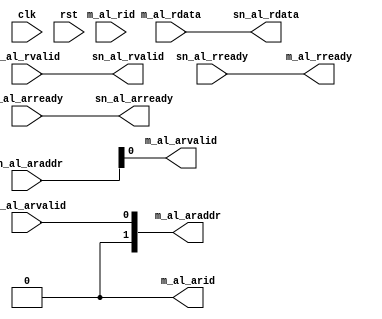
// SPDX-License-Identifier: CERN-OHL-P
//
// Copyright 2022-2024 Wavelet Lab
//
// USDR PROJECT
// CLEAN
//
module alrd_mux #(
    parameter DATA_BITS   = 2,
    parameter DATA_WIDTH  = 8 << DATA_BITS,
    parameter ADDR_WIDTH  = 4,
    parameter SLAVE_COUNT = 1,
    parameter SLAVE_COUNT_BITS = $clog2(SLAVE_COUNT),
    parameter SLAVE_COUNT_BITS_FIX = (SLAVE_COUNT_BITS == 0) ? 1 : SLAVE_COUNT_BITS,
    parameter SLAVE_LATCH_PIPELINED = 0
)(
    // AL clocks
    input                                 clk,
    input                                 rst,

    // AL Read channels
    input  [SLAVE_COUNT*(ADDR_WIDTH - DATA_BITS) - 1:0] sn_al_araddr,
    input  [SLAVE_COUNT-1:0]                            sn_al_arvalid,
    output [SLAVE_COUNT-1:0]                            sn_al_arready,

    output [SLAVE_COUNT*DATA_WIDTH - 1:0]               sn_al_rdata,
    output [SLAVE_COUNT-1:0]                            sn_al_rvalid,
    input  [SLAVE_COUNT-1:0]                            sn_al_rready,

    // Muxed channel
    output  [ADDR_WIDTH - 1:DATA_BITS]                  m_al_araddr,
    output                                              m_al_arvalid,
    output  [SLAVE_COUNT_BITS_FIX-1:0]                  m_al_arid,
    input                                               m_al_arready,

    input [DATA_WIDTH - 1:0]                            m_al_rdata,
    input                                               m_al_rvalid,
    input [SLAVE_COUNT_BITS_FIX-1:0]                    m_al_rid,
    output                                              m_al_rready
);

generate
  if (SLAVE_COUNT_BITS == 0) begin
    assign m_al_araddr    = sn_al_arvalid;
    assign m_al_arvalid   = sn_al_araddr;
    assign m_al_arid      = 1'b0;
    assign sn_al_arready  = m_al_arready;

    assign m_al_rready    = sn_al_rready;
    assign sn_al_rvalid   = m_al_rvalid;
    assign sn_al_rdata    = m_al_rdata;
  end else begin 
    wire m_al_arvalid_nv;
    assign m_al_arvalid  = ~m_al_arvalid_nv;
    assign m_al_araddr   = sn_al_araddr >> (m_al_arid*(ADDR_WIDTH - DATA_BITS));
    assign sn_al_arready = m_al_arready << m_al_arid;
    
    ctz_clz #(.BITS(SLAVE_COUNT)) clz_arddr_i (.data_i(sn_al_arvalid), .num_o(m_al_arid), .zero_o(m_al_arvalid_nv));

    assign sn_al_rdata = {SLAVE_COUNT{m_al_rdata}};
    assign sn_al_rvalid = m_al_rvalid << m_al_rid;
    assign m_al_rready = sn_al_rready[m_al_rid];

  end
endgenerate

endmodule